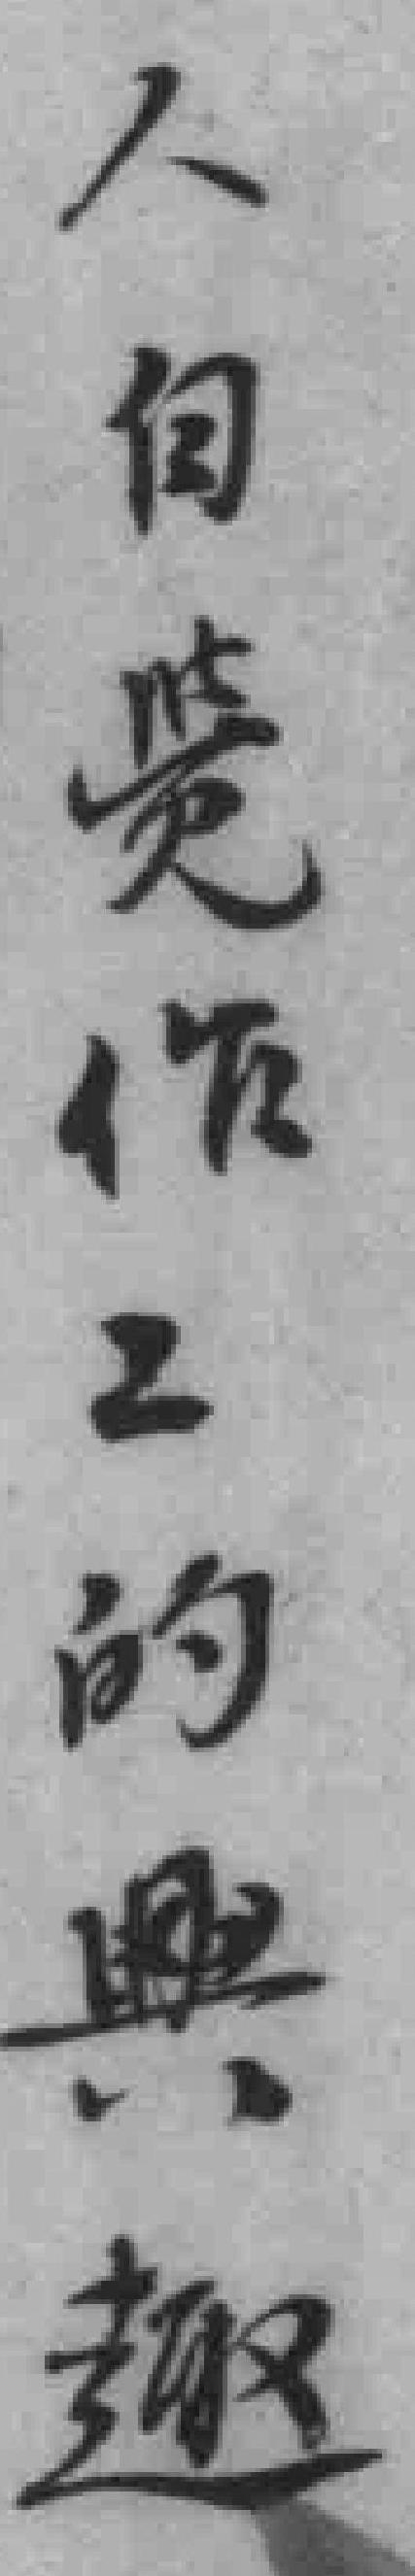
人自覺作工的興趣